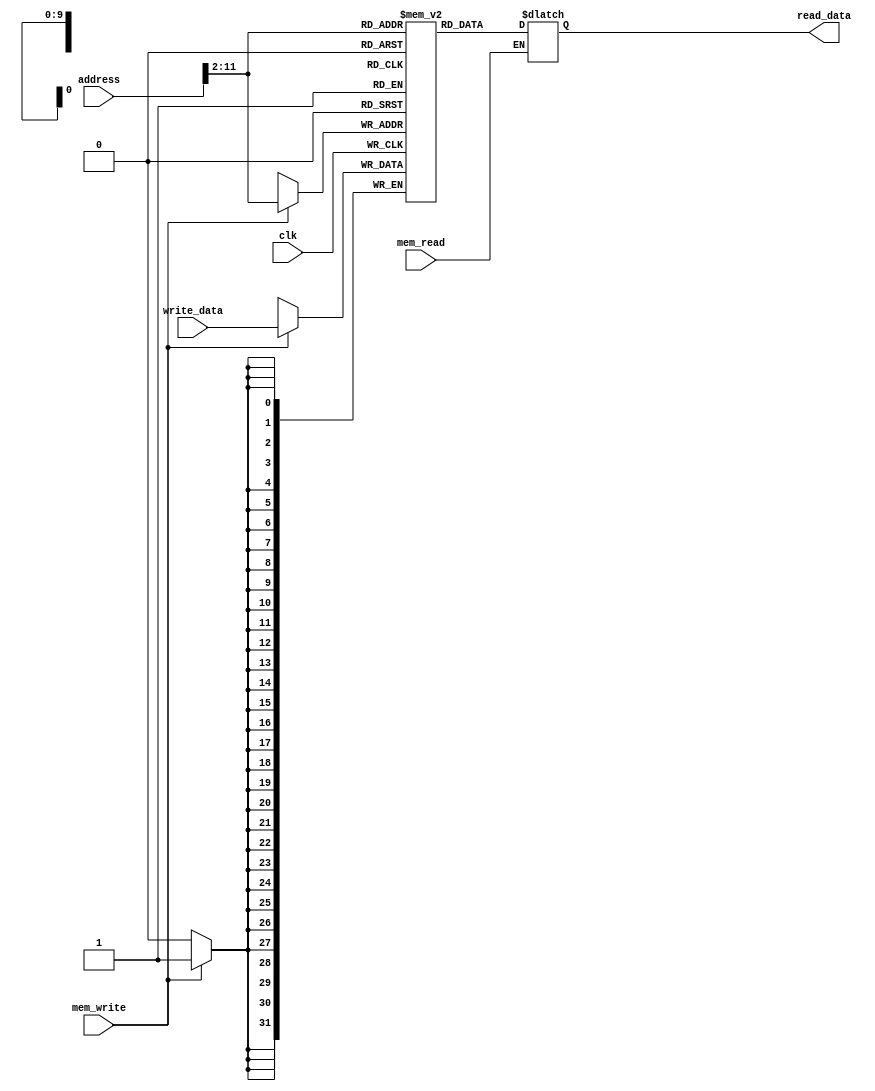
`timescale 1ns / 1ps
//////////////////////////////////////////////////////////////////////////////////
// Company: 
// Engineer: 
// 
// Design Name: 
// Module Name: data_memory
// Project Name: 
// Target Devices: 
// Tool Versions: 
// Description: 
// 
// Dependencies: 
// 
// Revision:
// Revision 0.01 - File Created
// Additional Comments:
// 
//////////////////////////////////////////////////////////////////////////////////


module data_memory(input clk,       
                   input mem_read, // asincrona
                   input mem_write, // sincrona
                   input [31:0] address,
                   input [31:0] write_data,
                   output reg [31:0] read_data
                   );
                   
reg [31:0] memory[1023:0];
integer i;
initial begin
    for(i = 0; i < 1024; i = i + 1) begin
        memory[i] = 0;
    end
end

wire [9:0] address_wire = address[11:2];

always @* begin
    if(mem_read) read_data = memory[address_wire];
end

always @(posedge clk) begin
    if(mem_write) memory[address_wire] = write_data;
end

endmodule